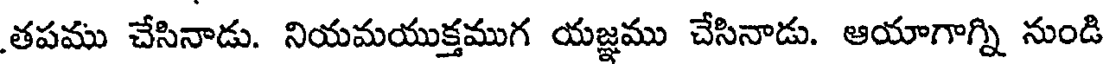
తపము చేసినాడు. నియమయుక్తముగ యజ్ఞము చేసినాడు. ఆయాగాగ్ని నుండి